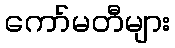
ကော်မတီများ